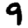
Digit: 9